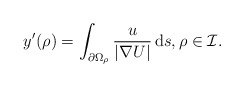
\begin{align*} y^{\prime}(\rho)=\int_{\partial\Omega_{\rho}}\frac{u}{|\nabla U|} \,\mathrm{ d}s,\rho\in\cal I.\end{align*}